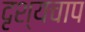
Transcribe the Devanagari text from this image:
दृश्यचाप